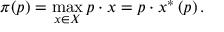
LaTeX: \pi ( p ) = \operatorname* { m a x } _ { x \in X } p \cdot x = p \cdot x ^ { \ast } \left( p \right) { \mathrm { . } }